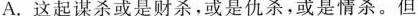
A.这起谋杀或是财杀，或是仇杀，或是情杀。但